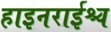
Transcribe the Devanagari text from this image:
हाइनराईश्च